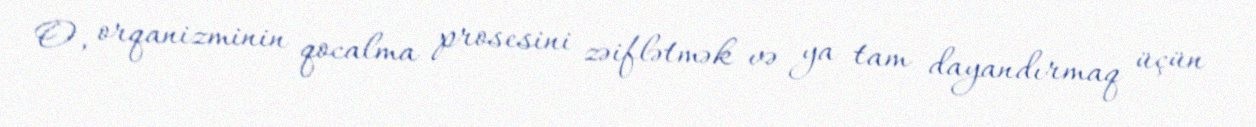
O, orqanizminin qocalma prosesini zəiflətmək və ya tam dayandırmaq üçün